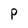
Character: P